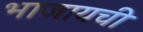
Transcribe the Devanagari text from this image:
भाजायची